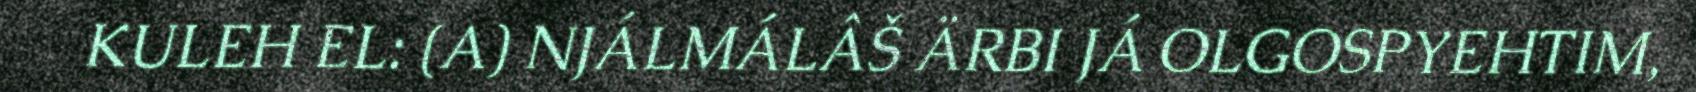
KULEH EL: (A) NJÁLMÁLÂŠ ÄRBI JÁ OLGOSPYEHTIM,